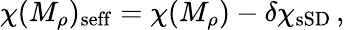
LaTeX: \chi(M_{\rho})_{\mathrm{seff}}=\chi(M_{\rho})-\delta\chi_{\mathrm{sSD}}\, ,